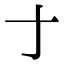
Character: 𬺰